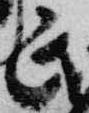
民